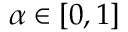
\alpha \in [ 0 , 1 ]